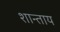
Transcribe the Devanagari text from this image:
शान्ताय